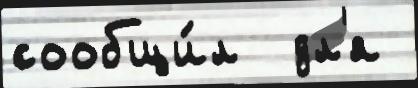
сообщи́л  дл'я